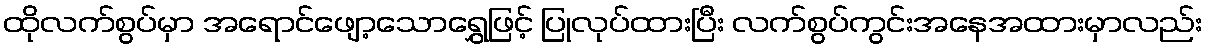
ထိုလက်စွပ်မှာ အရောင်ဖျော့သောရွှေဖြင့် ပြုလုပ်ထားပြီး လက်စွပ်ကွင်းအနေအထားမှာလည်း